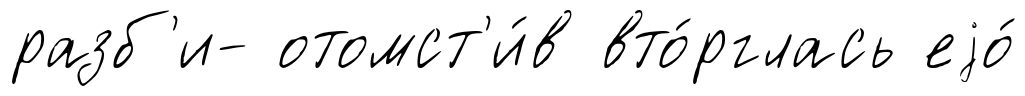
разб'и- отомст'и́в вто́рглась еjо́